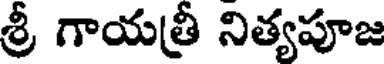
శ్రీ గాయత్రీ నిత్యపూజ